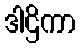
ဒါဌိကာ